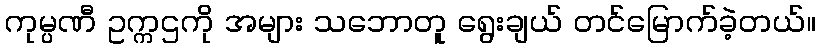
ကုမ္ပဏီ ဥက္ကဌကို အများ သဘောတူ ရွေးချယ် တင်မြောက်ခဲ့တယ်။